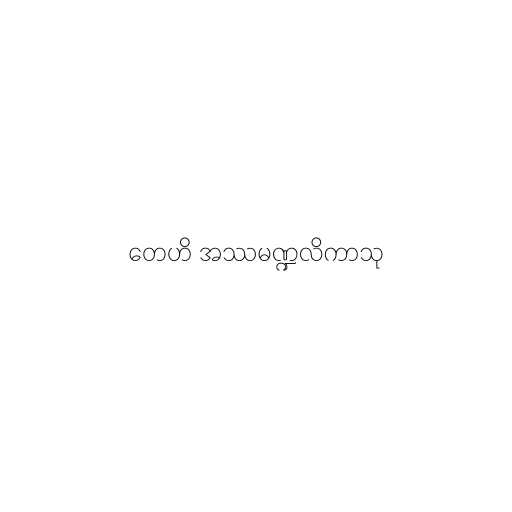
တေဟိ အဿမဏ္ဍလိကာသု